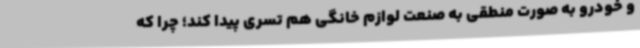
و خودرو به صورت منطقی به صنعت لوازم خانگی هم تسری پیدا کند؛ چرا که